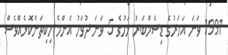
1991 ވަނަ އަހަރުގެ ޑިސެމްބަރު މަހުގެ 5 ވަނަ ދުވަހު އެންމެ ހިކިތަންކޮޅެއްވެސް